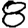
Digit: 8